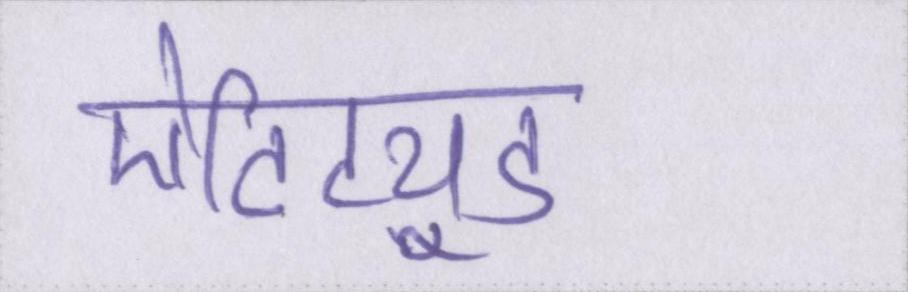
ऐटिट्यूड